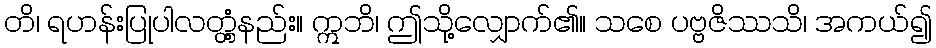
တိ၊ ရဟန်းပြုပါလတ္တံ့နည်း။ ဣဘိ၊ ဤသို့လျှောက်၏။ သစေ ပဗ္ဗဇိဿသိ၊ အကယ်၍